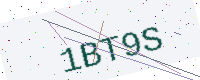
Text: 1BT9S